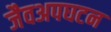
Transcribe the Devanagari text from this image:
जैवअपघटन